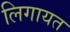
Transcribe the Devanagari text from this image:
लिगायत